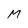
Character: M